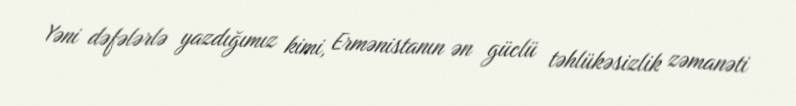
Yəni dəfələrlə yazdığımız kimi, Ermənistanın ən güclü təhlükəsizlik zəmanəti